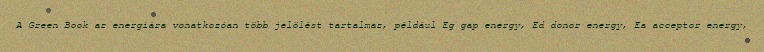
A Green Book az energiára vonatkozóan több jelölést tartalmaz, például Eg gap energy, Ed donor energy, Ea acceptor energy,